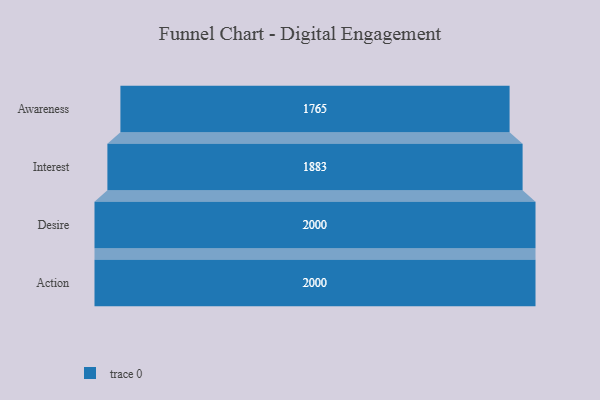
{"axis": {"x": "Stage", "y": "Value"}, "legend": [""], "data": [{"x": "Awareness", "y": 1765.0, "type": ""}, {"x": "Interest", "y": 1883.0, "type": ""}, {"x": "Desire", "y": 2000, "type": ""}, {"x": "Action", "y": 2000, "type": ""}]}